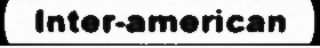
Inter-american